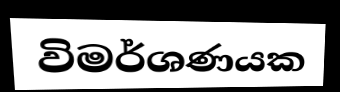
විමර්ශණයක